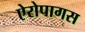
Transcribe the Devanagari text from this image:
ऐरोपागस